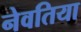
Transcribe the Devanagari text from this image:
नेवतिया